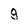
Character: g